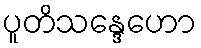
ပူတိသန္ဒေဟော